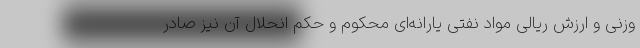
وزنی و ارزش ریالی مواد نفتی یارانه‌ای محکوم و حکم انحلال آن نیز صادر